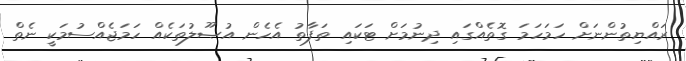
ރައްޔިތުންނަށް ހަމަހަމަ ގޮތެއްގައި ދިނުމަށް ޓަކައި ތަފާތު އެހެން އުޞޫލުތަކެއް ހަމަޖެއްސުމަކީ ނެތް